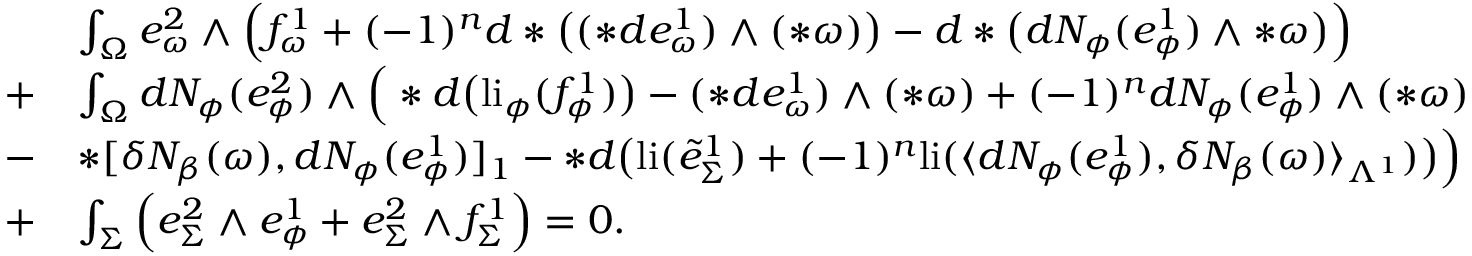
\begin{array} { r l } & { \int _ { \Omega } e _ { \omega } ^ { 2 } \wedge \Big ( f _ { \omega } ^ { 1 } + ( - 1 ) ^ { n } d \ast \big ( ( \ast d e _ { \omega } ^ { 1 } ) \wedge ( \ast \omega ) \big ) - d \ast \big ( d N _ { \phi } ( e _ { \phi } ^ { 1 } ) \wedge \ast \omega \big ) \Big ) } \\ { + } & { \int _ { \Omega } d N _ { \phi } ( e _ { \phi } ^ { 2 } ) \wedge \Big ( \ast d \big ( \mathrm { l i } _ { \phi } ( f _ { \phi } ^ { 1 } ) \big ) - ( \ast d e _ { \omega } ^ { 1 } ) \wedge ( \ast \omega ) + ( - 1 ) ^ { n } d N _ { \phi } ( e _ { \phi } ^ { 1 } ) \wedge ( \ast \omega ) } \\ { - } & { \ast [ \delta N _ { \beta } ( \omega ) , d N _ { \phi } ( e _ { \phi } ^ { 1 } ) ] _ { 1 } - \ast d \big ( \mathrm { l i } ( \tilde { e } _ { \Sigma } ^ { 1 } ) + ( - 1 ) ^ { n } \mathrm { l i } ( \langle d N _ { \phi } ( e _ { \phi } ^ { 1 } ) , \delta N _ { \beta } ( \omega ) \rangle _ { \Lambda ^ { 1 } } ) \big ) \Big ) } \\ { + } & { \int _ { \Sigma } \Big ( e _ { \Sigma } ^ { 2 } \wedge e _ { \phi } ^ { 1 } + e _ { \Sigma } ^ { 2 } \wedge f _ { \Sigma } ^ { 1 } \Big ) = 0 . } \end{array}